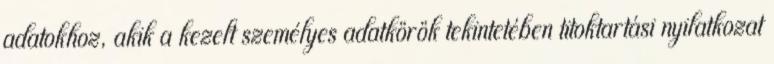
adatokhoz, akik a kezelt személyes adatkörök tekintetében titoktartási nyilatkozat